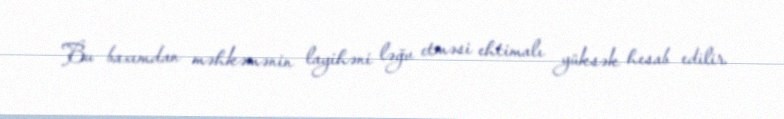
Bu baxımdan məhkəmənin layihəni ləğv etməsi ehtimalı yüksək hesab edilir.